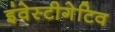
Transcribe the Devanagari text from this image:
इंवेस्टीगेटिव